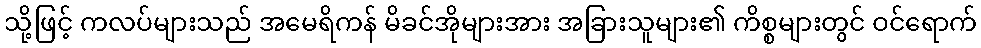
သို့ဖြင့် ကလပ်များသည် အမေရိကန် မိခင်အိုများအား အခြားသူများ၏ ကိစ္စများတွင် ဝင်ရောက်